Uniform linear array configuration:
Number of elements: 12
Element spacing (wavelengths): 0.25
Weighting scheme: hann
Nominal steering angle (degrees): -60
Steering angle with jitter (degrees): -58.617
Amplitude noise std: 0.05
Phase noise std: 0.05

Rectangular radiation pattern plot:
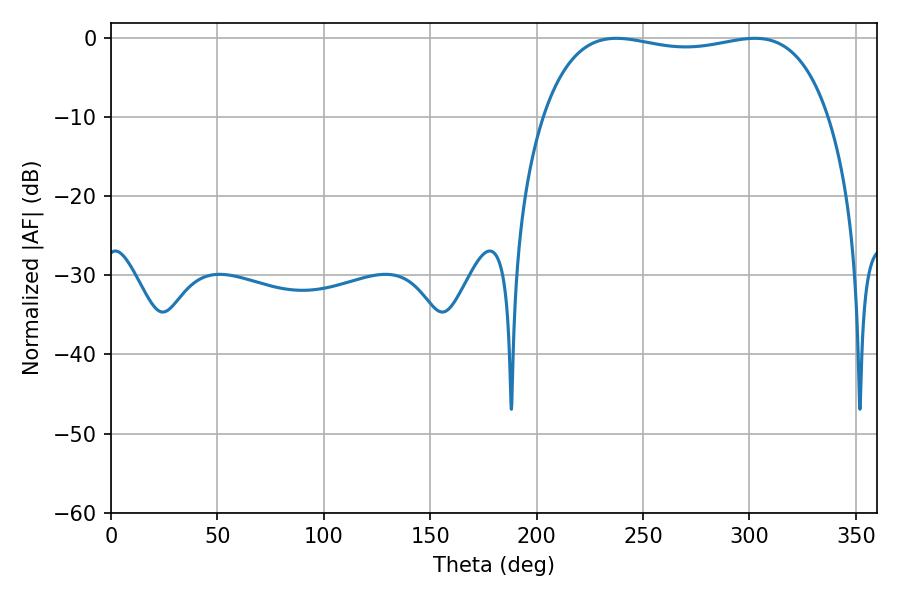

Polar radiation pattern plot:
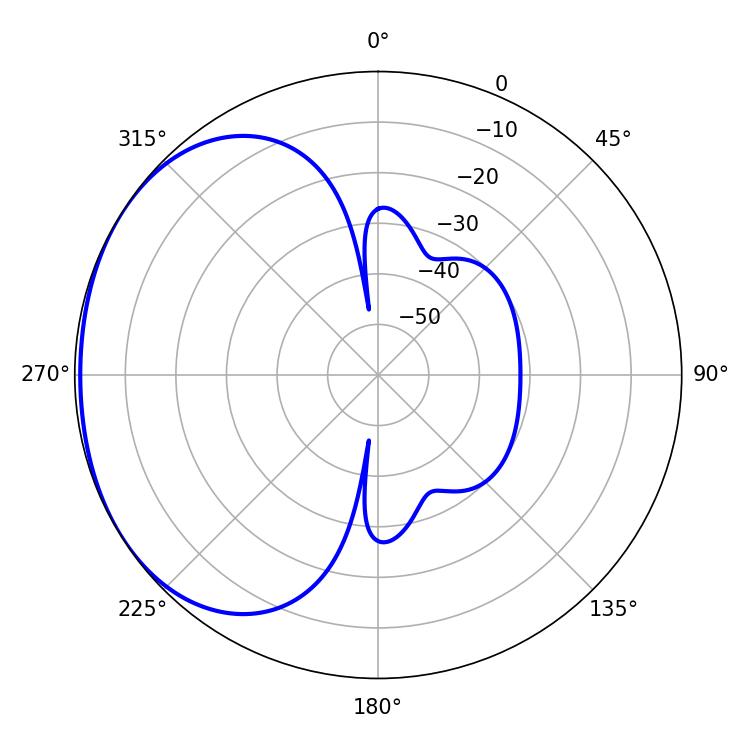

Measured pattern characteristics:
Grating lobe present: FALSE
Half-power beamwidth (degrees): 108.36
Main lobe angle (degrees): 237.42